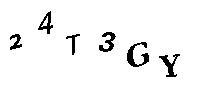
24T3GY